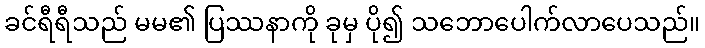
ခင်ရီရီသည် မမ၏ ပြဿနာကို ခုမှ ပို၍ သဘောပေါက်လာပေသည်။